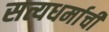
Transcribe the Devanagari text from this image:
सत्यधर्माची